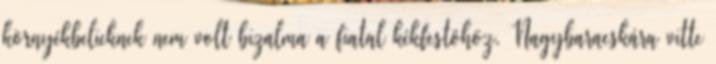
környékbelieknek nem volt bizalma a fiatal kékfestôhöz, Nagybaracskára vitte